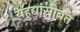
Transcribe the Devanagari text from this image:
यहुद्यांसोबत